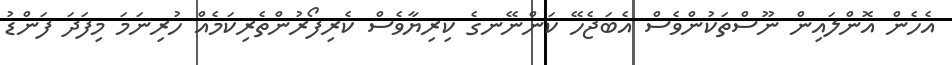
އެހެން އޮންލައިން ނޫސްތަކުންވެސް އެބަޖެހޭ ކަންނޭނގެ ކިރިޔާވެސް ކެރިފޯރުންތެރިކަމެއް ހުރިނަމަ މިފަދަ ފަންޑު